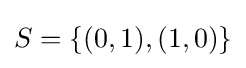
S=\lbrace (0,1),(1,0)\rbrace